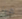
هيا